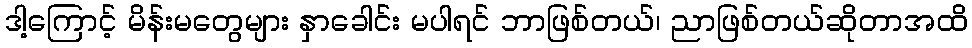
ဒါ့ကြောင့် မိန်းမတွေများ နှာခေါင်း မပါရင် ဘာဖြစ်တယ်၊ ညာဖြစ်တယ်ဆိုတာအထိ